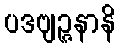
ပဒဗျဉ္ဇနာနိ